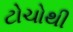
ટોચોથી